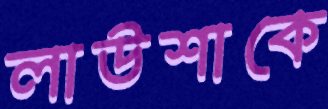
লাউশাকে